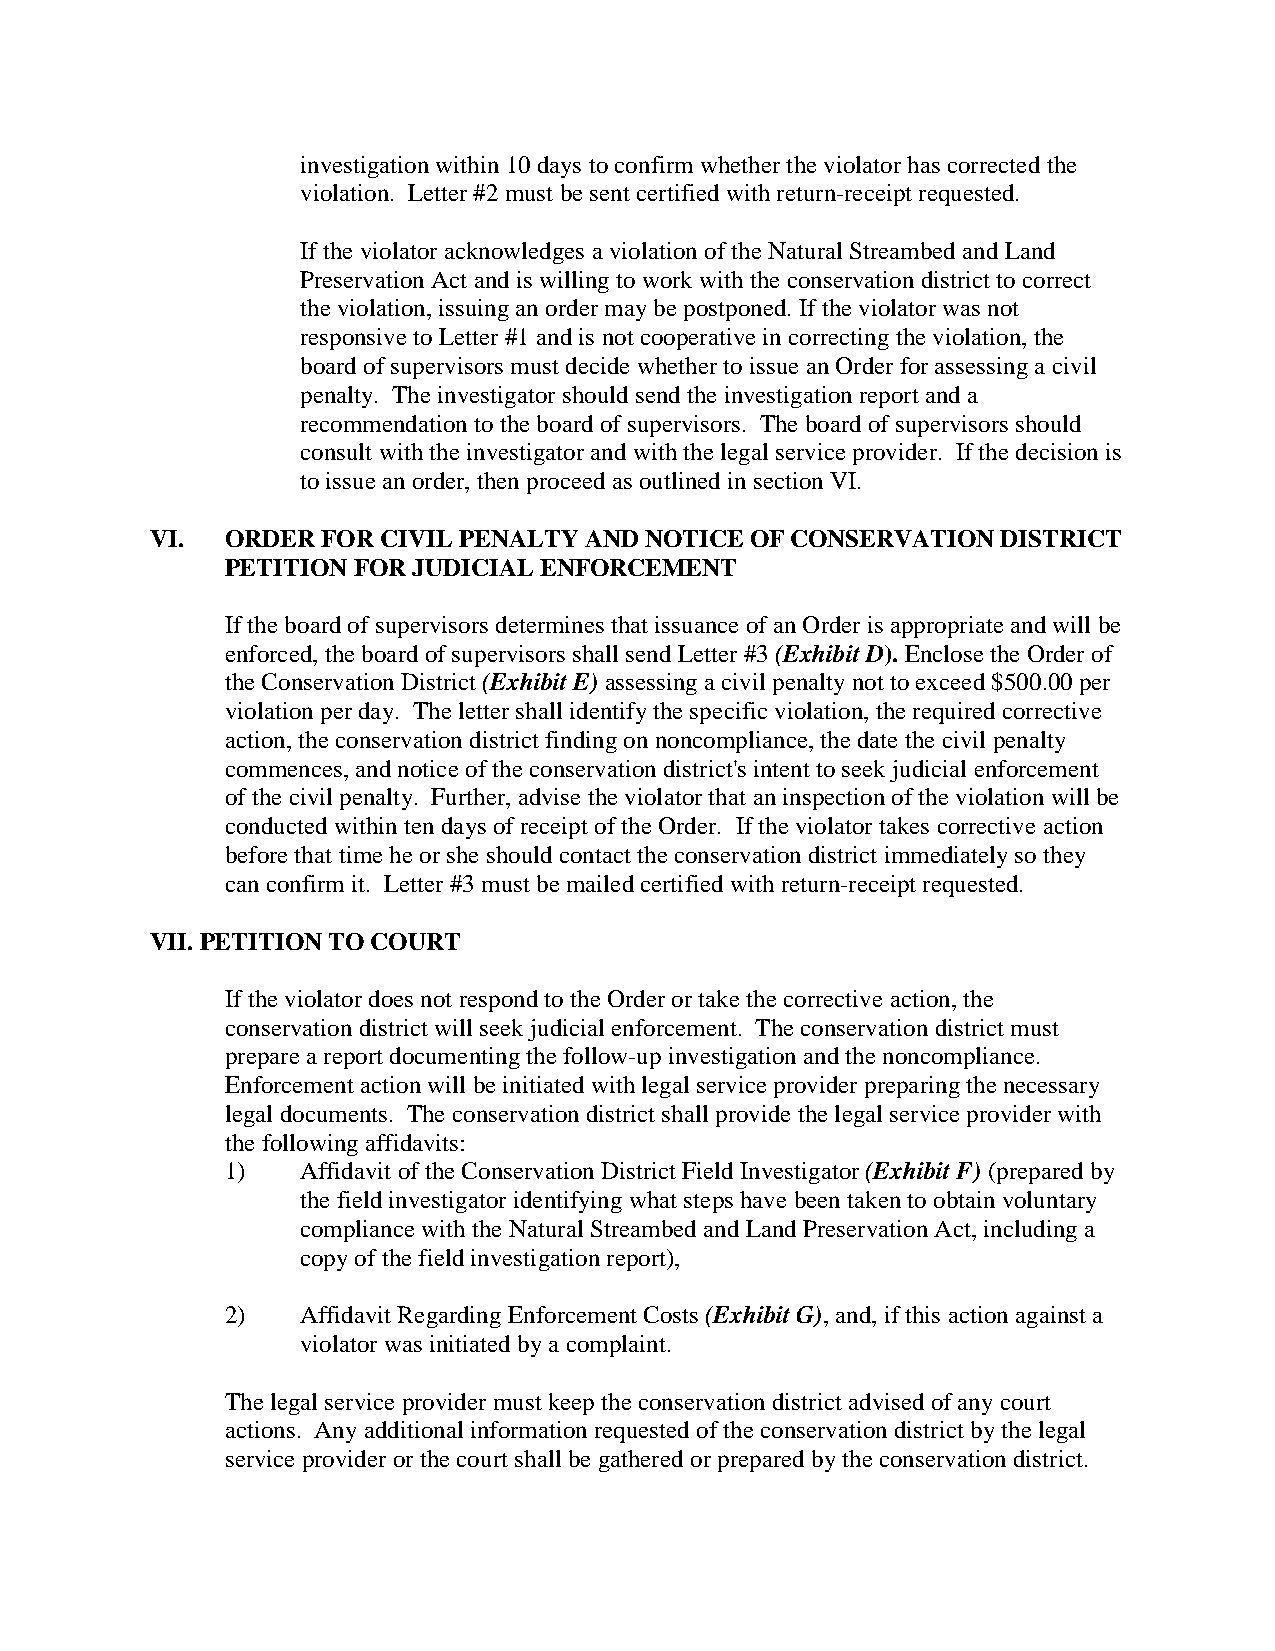
investigation within 10 days to confirm whether the violator has corrected the
 violation. Letter #2 must be sent certified with return-receipt requested.
 If the violator acknowledges a violation of the Natural Streambed and Land
 Preservation Act and is willing to work with the conservation district to correct
 the violation, issuing an order may be postponed. If the violator was not
 responsive to Letter #1 and is not cooperative in correcting the violation, the
 board of supervisors must decide whether to issue an Order for assessing a civil
 penalty. The investigator should send the investigation report and a
 recommendation to the board of supervisors. The board of supervisors should
 consult with the investigator and with the legal service provider. If the decision is
 to issue an order, then proceed as outlined in section VI.
 VI.  ORDER FOR CIVIL PENALTY AND NOTICE OF CONSERVATION DISTRICT
 PETITION FOR JUDICIAL ENFORCEMENT
 If the board of supervisors determines that issuance of an Order is appropriate and will be
 enforced, the board of supervisors shall send Letter #3 (Exhibit D). Enclose the Order of
 the Conservation District (Exhibit E) assessing a civil penalty not to exceed $500.00 per
 violation per day. The letter shall identify the specific violation, the required corrective
 action, the conservation district finding on noncompliance, the date the civil penalty
 commences, and notice of the conservation district's intent to seek judicial enforcement
 of the civil penalty. Further, advise the violator that an inspection of the violation will be
 conducted within ten days of receipt of the Order. If the violator takes corrective action
 before that time he or she should contact the conservation district immediately so they
 can confirm it. Letter #3 must be mailed certified with return-receipt requested.
 VII. PETITION TO COURT
 If the violator does not respond to the Order or take the corrective action, the
 conservation district will seek judicial enforcement. The conservation district must
 prepare a report documenting the follow-up investigation and the noncompliance.
 Enforcement action will be initiated with legal service provider preparing the necessary
 legal documents. The conservation district shall provide the legal service provider with
 the following affidavits:
 1)   Affidavit of the Conservation District Field Investigator (Exhibit F) (prepared by
 the field investigator identifying what steps have been taken to obtain voluntary
 compliance with the Natural Streambed and Land Preservation Act, including a
 copy of the field investigation report),
 2)   Affidavit Regarding Enforcement Costs (Exhibit G), and, if this action against a
 violator was initiated by a complaint.
 The legal service provider must keep the conservation district advised of any court
 actions. Any additional information requested of the conservation district by the legal
 service provider or the court shall be gathered or prepared by the conservation district.